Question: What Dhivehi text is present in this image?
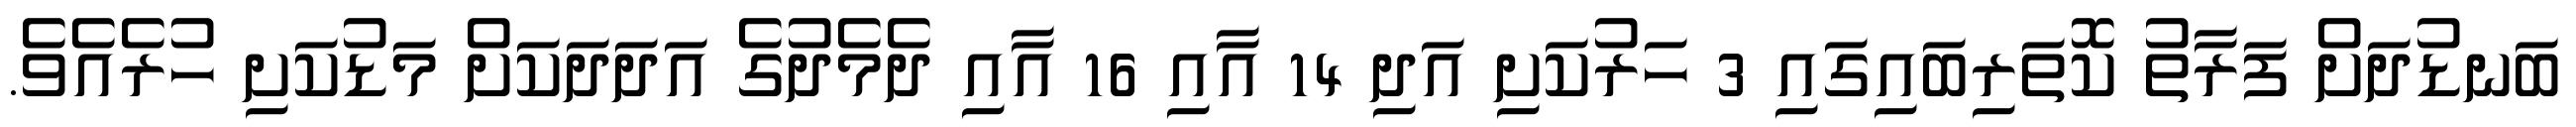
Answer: ބަނޑުދަށް ފަރާތު ކޮތަރިބައިގައި 3 ހަރުކަށި އަދި 14 އާއި 16 އާއި ދެމެދުގެ އަދަދަކަށް މަޑުކަށި ހުރެއެވެ.